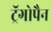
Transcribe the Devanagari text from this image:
ट्रॅगोपैन